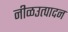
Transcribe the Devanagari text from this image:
नीळउत्पादन